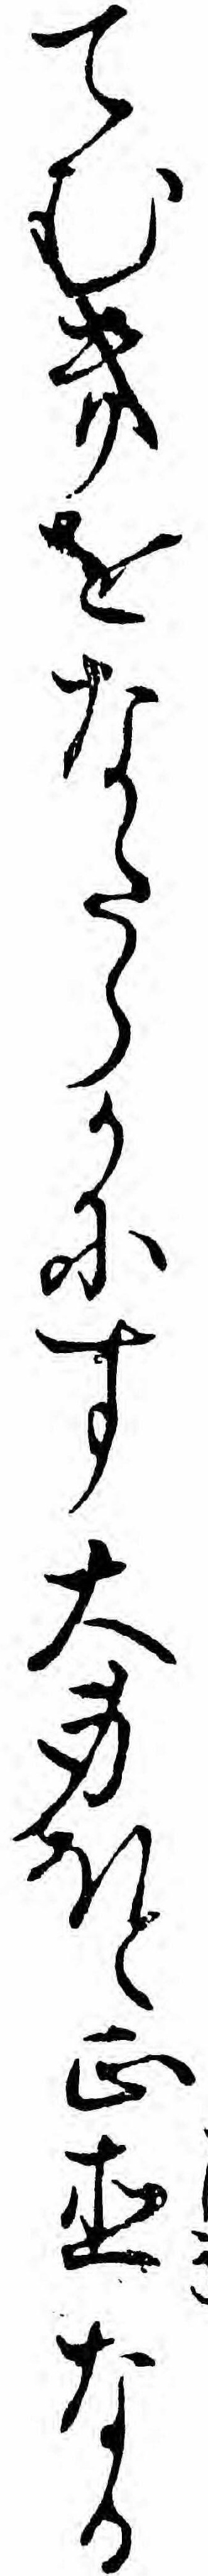
てむきをなたらかにす大身ほと正直なる